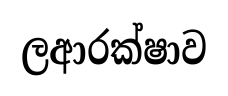
ලආරක්ෂාව